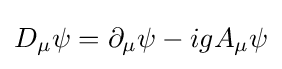
D_{\mu }\psi =\partial _{\mu }\psi -igA_{\mu }\psi